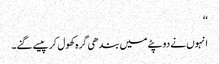
‘‘
انہوں نے دوپٹے میں بندھی گرہ کھول کر پیسے گنے۔